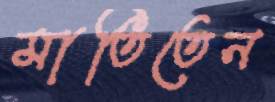
মাতিতেন